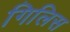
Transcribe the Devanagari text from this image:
गिलिस